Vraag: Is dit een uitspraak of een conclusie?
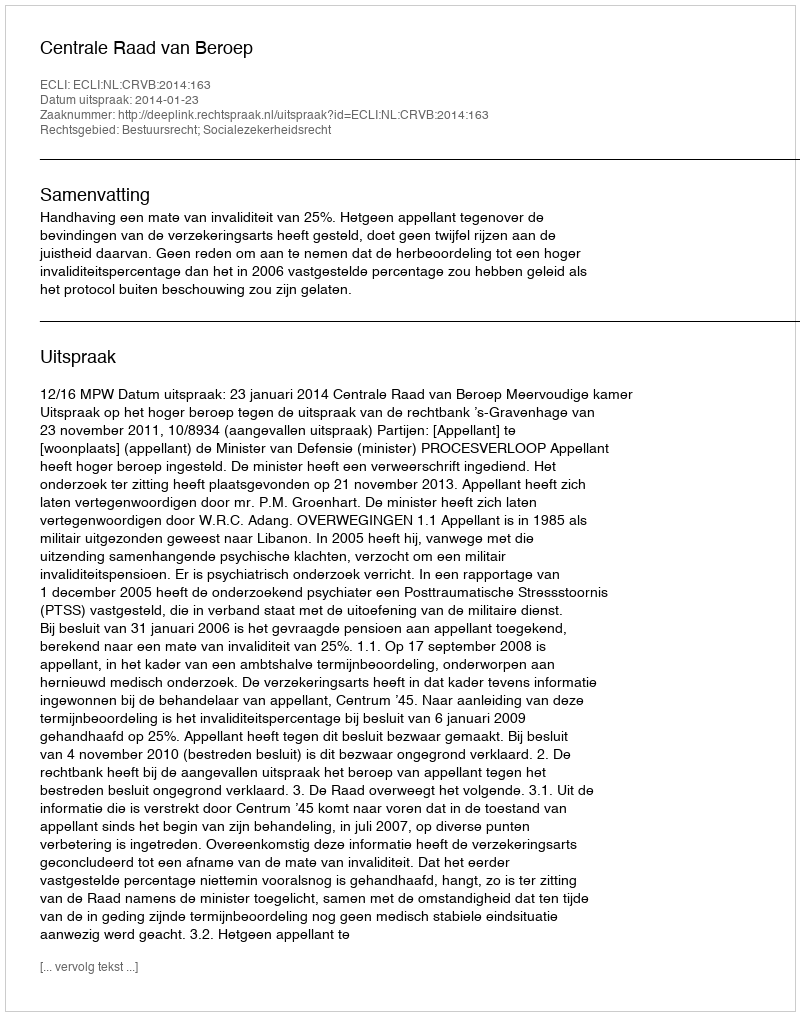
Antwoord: Uitspraak